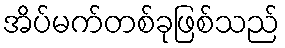
အိပ်မက်တစ်ခုဖြစ်သည်